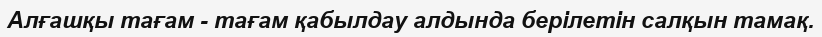
Алғашқы тағам - тағам қабылдау алдында берілетін салқын тамақ.